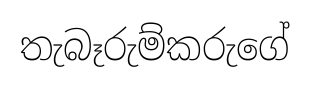
තැබෑරුම්කරුගේ